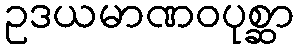
ဥဒယမာဏဝပုစ္ဆာ